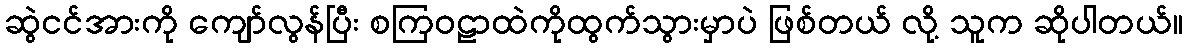
ဆွဲငင်အားကို ကျော်လွန်ပြီး စကြဝဠာထဲကိုထွက်သွားမှာပဲ ဖြစ်တယ် လို့ သူက ဆိုပါတယ်။